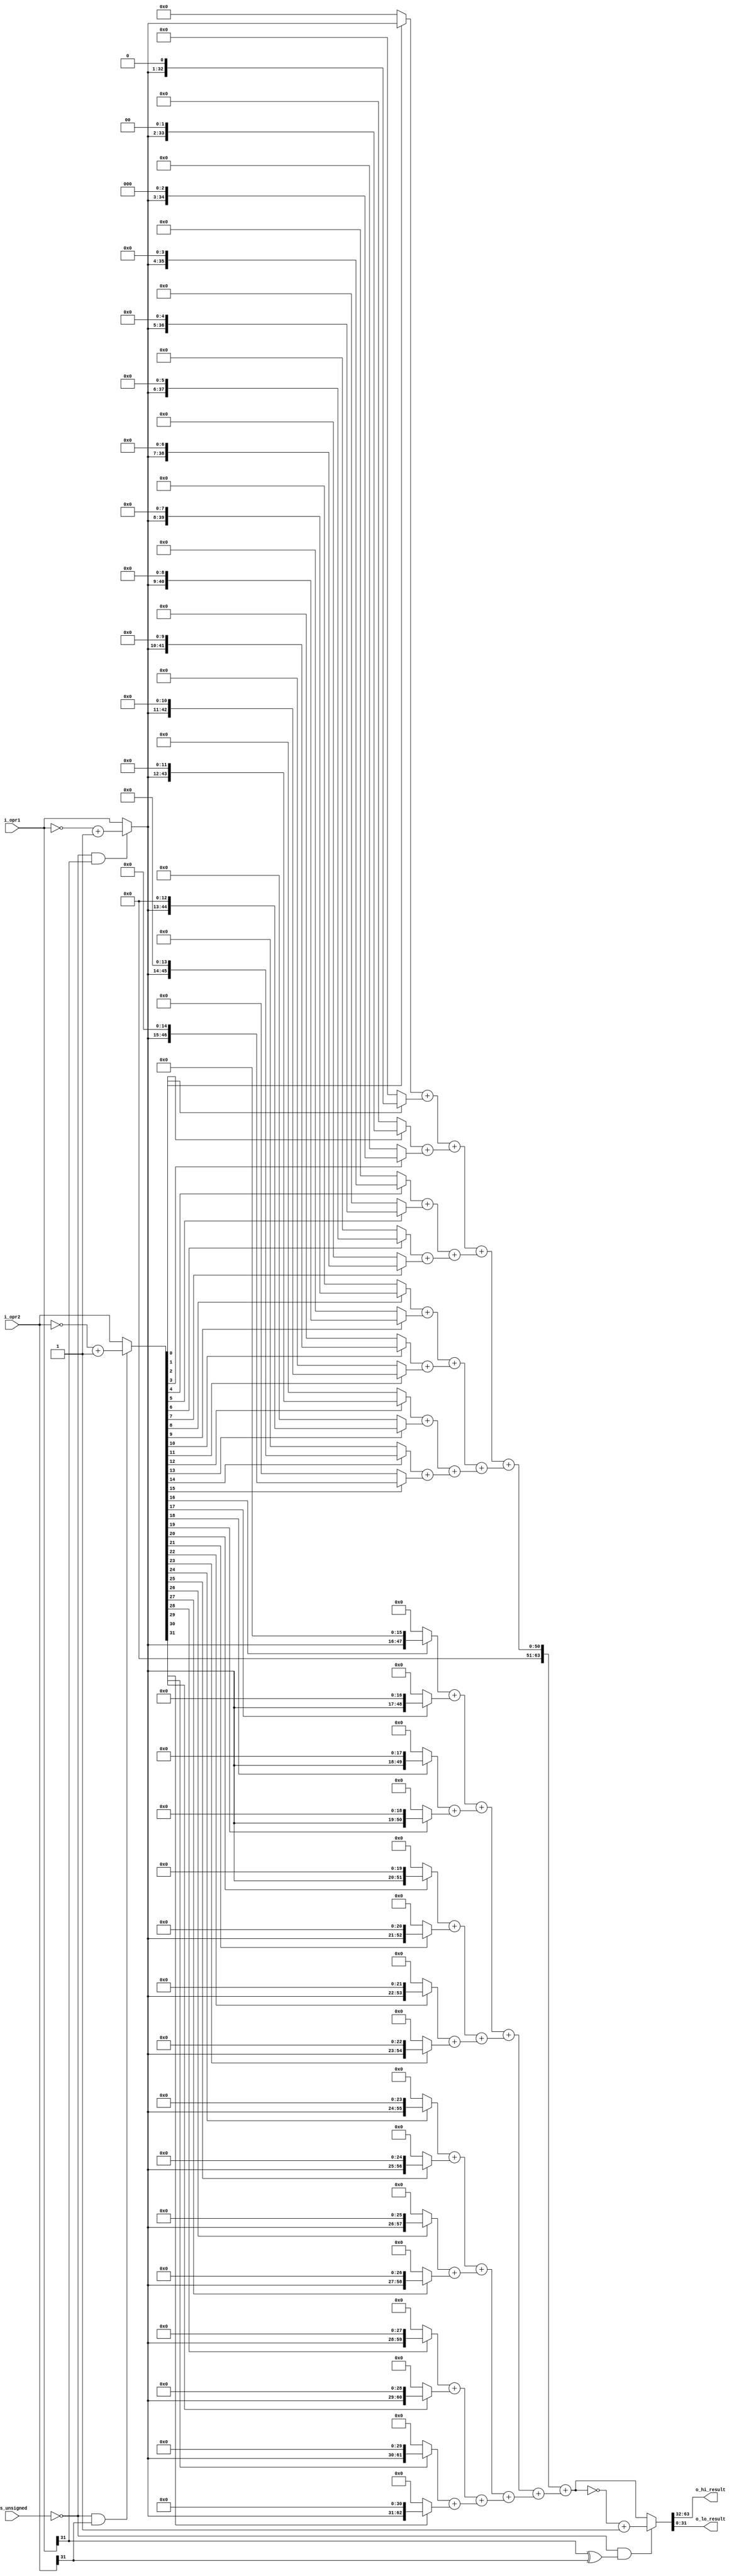
module Mult (
    input wire[31:0] i_opr1,
    input wire[31:0] i_opr2,

    input wire is_unsigned,

    output wire[31:0] o_hi_result,
    output wire[31:0] o_lo_result
);

    wire[31:0] always_positive_opr1 = (~is_unsigned & i_opr1[31]) ? (~i_opr1 + 1) : i_opr1;
    wire[31:0] always_positive_opr2 = (~is_unsigned & i_opr2[31]) ? (~i_opr2 + 1) : i_opr2;
    wire[63:0] result;

    wire [63:0] wire_lv0[31:0];
    wire [63:0] wire_lv1[15:0];
    wire [63:0] wire_lv2[7:0];
    wire [63:0] wire_lv3[3:0];
    wire [63:0] wire_lv4[1:0];
    wire [63:0] wire_lv5;

    generate
        genvar i;
        for (i = 0; i < 32; i = i + 1)
        begin : lv0
            assign wire_lv0[i] = always_positive_opr2[i] == 1 ? {{(32 - i){1'b0}}, always_positive_opr1, {i{1'b0}}} : 64'b0;
        end
    endgenerate

    generate
        for (i = 0; i < 16; i = i + 1)
        begin : lv1
            assign wire_lv1[i] = wire_lv0[2 * i] + wire_lv0[2 * i + 1];
        end
    endgenerate

    generate
        for (i = 0; i < 8; i = i + 1)
        begin : lv2
            assign wire_lv2[i] = wire_lv1[2 * i] + wire_lv1[2 * i + 1];
        end
    endgenerate

    generate
        for (i = 0; i < 4; i = i + 1)
        begin : lv3
            assign wire_lv3[i] = wire_lv2[2 * i] + wire_lv2[2 * i + 1];
        end
    endgenerate

    generate
        for (i = 0; i < 2; i = i + 1)
        begin : lv4
            assign wire_lv4[i] = wire_lv3[2 * i] + wire_lv3[2 * i + 1];
        end
    endgenerate

    // lv5
    assign wire_lv5 = wire_lv4[0] + wire_lv4[1];

    assign result = ~is_unsigned & (i_opr1[31] ^ i_opr2[31]) ? (~wire_lv5 + 32'h1) : wire_lv5;

    assign o_hi_result = result[63:32];
    assign o_lo_result = result[31:0];
    
endmodule